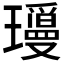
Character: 𬎝